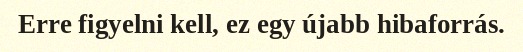
Erre figyelni kell, ez egy újabb hibaforrás.